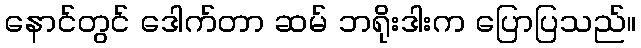
နောင်တွင် ဒေါက်တာ ဆမ် ဘရိုးဒါးက ပြောပြသည်။